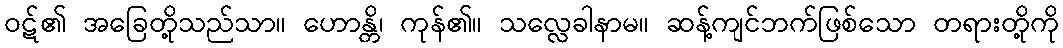
ဝဋ်၏ အခြေတို့သည်သာ။ ဟောန္တိ၊ ကုန်၏။ သလ္လေခါနာမ။ ဆန့်ကျင်ဘက်ဖြစ်သော တရားတို့ကို